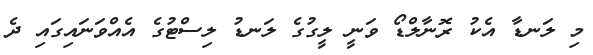
މި ލަނޑާ އެކު ރޮނާލްޑޯ ވަނީ ލީގުގެ ލަނޑު ލިސްޓުގެ އެއްވަނައިގައި ދެ